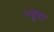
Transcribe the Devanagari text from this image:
भटुरा